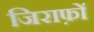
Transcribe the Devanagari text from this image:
जिराफ़ों